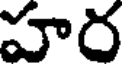
హర